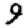
Digit: 9